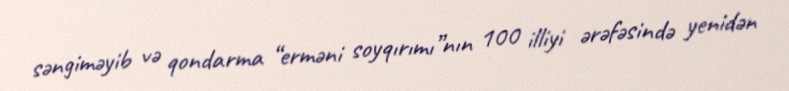
səngiməyib və qondarma “erməni soyqırımı”nın 100 illiyi ərəfəsində yenidən